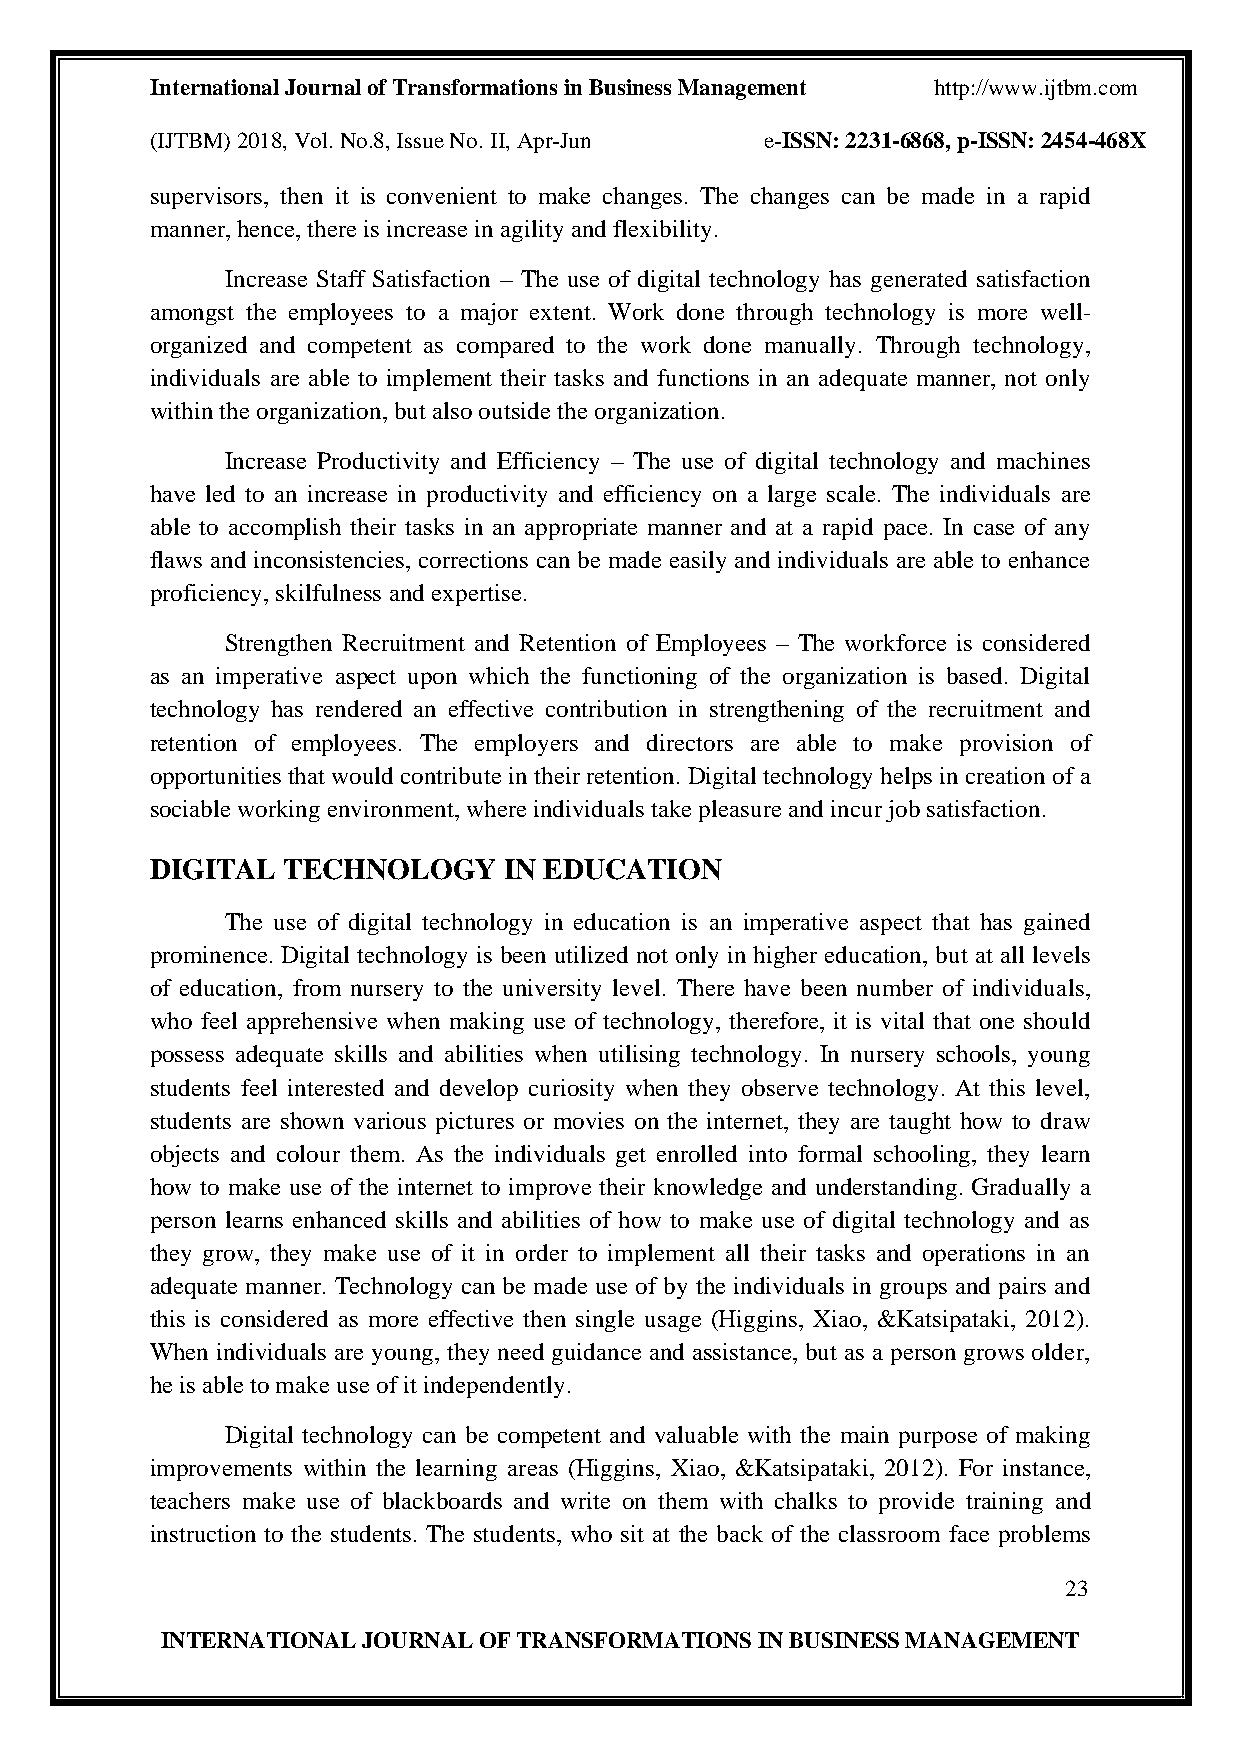
International Journal of Transformations in Business Management http://www.ijtbm.com
 (IJTBM) 2018, Vol. No.8, Issue No. II, Apr-Jun e-ISSN: 2231-6868, p-ISSN: 2454-468X
 supervisors, then it is convenient to make changes. The changes can be made in a rapid
 manner, hence, there is increase in agility and flexibility.
 Increase Staff Satisfaction – The use of digital technology has generated satisfaction
 amongst the employees to a major extent. Work done through technology is more well-
 organized and competent as compared to the work done manually. Through technology,
 individuals are able to implement their tasks and functions in an adequate manner, not only
 within the organization, but also outside the organization.
 Increase Productivity and Efficiency – The use of digital technology and machines
 have led to an increase in productivity and efficiency on a large scale. The individuals are
 able to accomplish their tasks in an appropriate manner and at a rapid pace. In case of any
 flaws and inconsistencies, corrections can be made easily and individuals are able to enhance
 proficiency, skilfulness and expertise.
 Strengthen Recruitment and Retention of Employees – The workforce is considered
 as an imperative aspect upon which the functioning of the organization is based. Digital
 technology has rendered an effective contribution in strengthening of the recruitment and
 retention of employees. The employers and directors are able to make provision of
 opportunities that would contribute in their retention. Digital technology helps in creation of a
 sociable working environment, where individuals take pleasure and incur job satisfaction.
 DIGITAL  TECHNOLOGY    IN EDUCATION
 The use of digital technology in education is an imperative aspect that has gained
 prominence. Digital technology is been utilized not only in higher education, but at all levels
 of education, from nursery to the university level. There have been number of individuals,
 who feel apprehensive when making use of technology, therefore, it is vital that one should
 possess adequate skills and abilities when utilising technology. In nursery schools, young
 students feel interested and develop curiosity when they observe technology. At this level,
 students are shown various pictures or movies on the internet, they are taught how to draw
 objects and colour them. As the individuals get enrolled into formal schooling, they learn
 how to make use of the internet to improve their knowledge and understanding. Gradually a
 person learns enhanced skills and abilities of how to make use of digital technology and as
 they grow, they make use of it in order to implement all their tasks and operations in an
 adequate manner. Technology can be made use of by the individuals in groups and pairs and
 this is considered as more effective then single usage (Higgins, Xiao, &Katsipataki, 2012).
 When individuals are young, they need guidance and assistance, but as a person grows older,
 he is able to make use of it independently.
 Digital technology can be competent and valuable with the main purpose of making
 improvements within the learning areas (Higgins, Xiao, &Katsipataki, 2012). For instance,
 teachers make use of blackboards and write on them with chalks to provide training and
 instruction to the students. The students, who sit at the back of the classroom face problems
 23
 INTERNATIONAL JOURNAL OF TRANSFORMATIONS IN BUSINESS MANAGEMENT